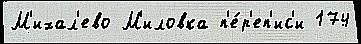
М'ихал'ево М'иловка п'е́р'еп'ис'и 174